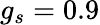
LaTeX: g_{s}=0.9